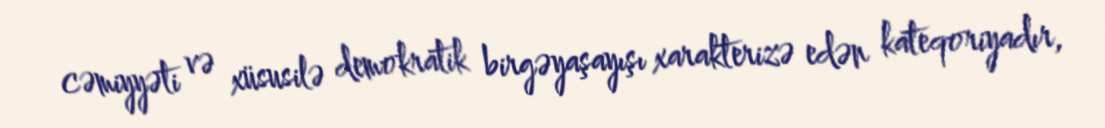
cəmiyyəti və xüsusilə demokratik birgəyaşayışı xarakterizə edən kateqoriyadır,